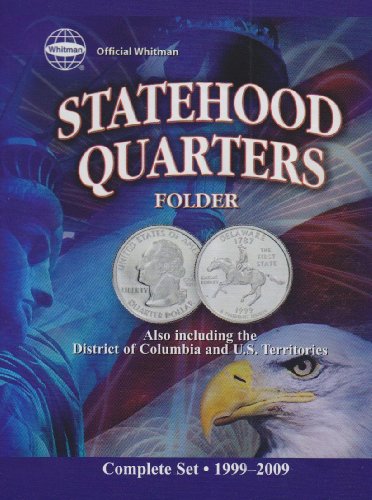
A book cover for Official Whitman Statehood Quarters Folder: Complete 50 State Set; Not Available (NA); Crafts, Hobbies & Home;